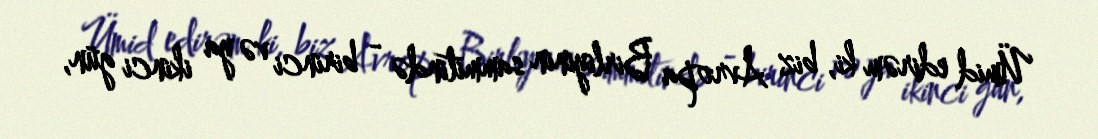
Ümid edirəm ki, biz Avropa Birliyinin sammitində - birinci və ya ikinci gün,